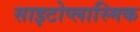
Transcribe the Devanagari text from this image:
साइटोप्लास्मिक